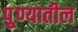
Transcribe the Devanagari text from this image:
पु्ण्यातील